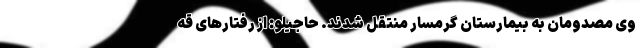
وی مصدومان به بیمارستان گرمسار منتقل شدند. حاجیلو: از رفتارهای قه